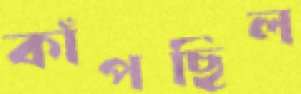
কাঁপছিল